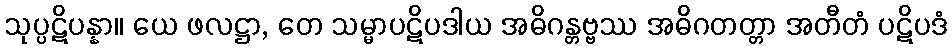
သုပ္ပဋိပန္နာ။ ယေ ဖလဋ္ဌာ, တေ သမ္မာပဋိပဒါယ အဓိဂန္တဗ္ဗဿ အဓိဂတတ္တာ အတီတံ ပဋိပဒံ